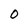
Character: 0